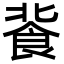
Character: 𩚾